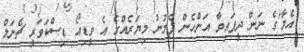
'އެމާ'ގެ ނަން ދީފައިވާ އަންހެން ފެމުނު މިޔަރެއްގެ އެ ވީޑިއޯ ޑިސްކަވަރީ ޗެނަލް